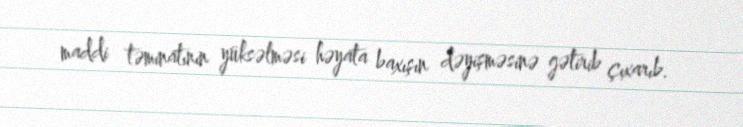
maddi təminatının yüksəlməsi həyata baxışın dəyişməsinə gətirib çıxarıb.